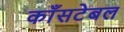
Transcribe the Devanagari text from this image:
काँसटेबल